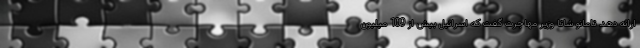
ارائه دهد. تامانو شاتا وزیر مهاجرت گفت که اسرائیل بیش از 109 میلیون